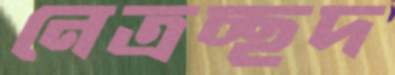
নেত্রচ্ছদ